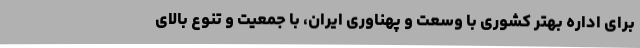
برای اداره بهتر کشوری با وسعت و پهناوری ایران، با جمعیت و تنوع بالای